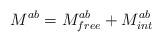
LaTeX: \begin{align*}M^{ab}=M^{ab}_{free}+M^{ab}_{int}\end{align*}